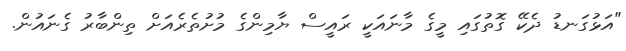
"އަޅުގަނޑު ދެކޭ ގޮތުގައި މީގެ މާނައަކީ ރައީސް ޔާމިންގެ މުށުތެރެއަށް ތިންބާރު ގެނައުން.